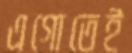
এগোতেই